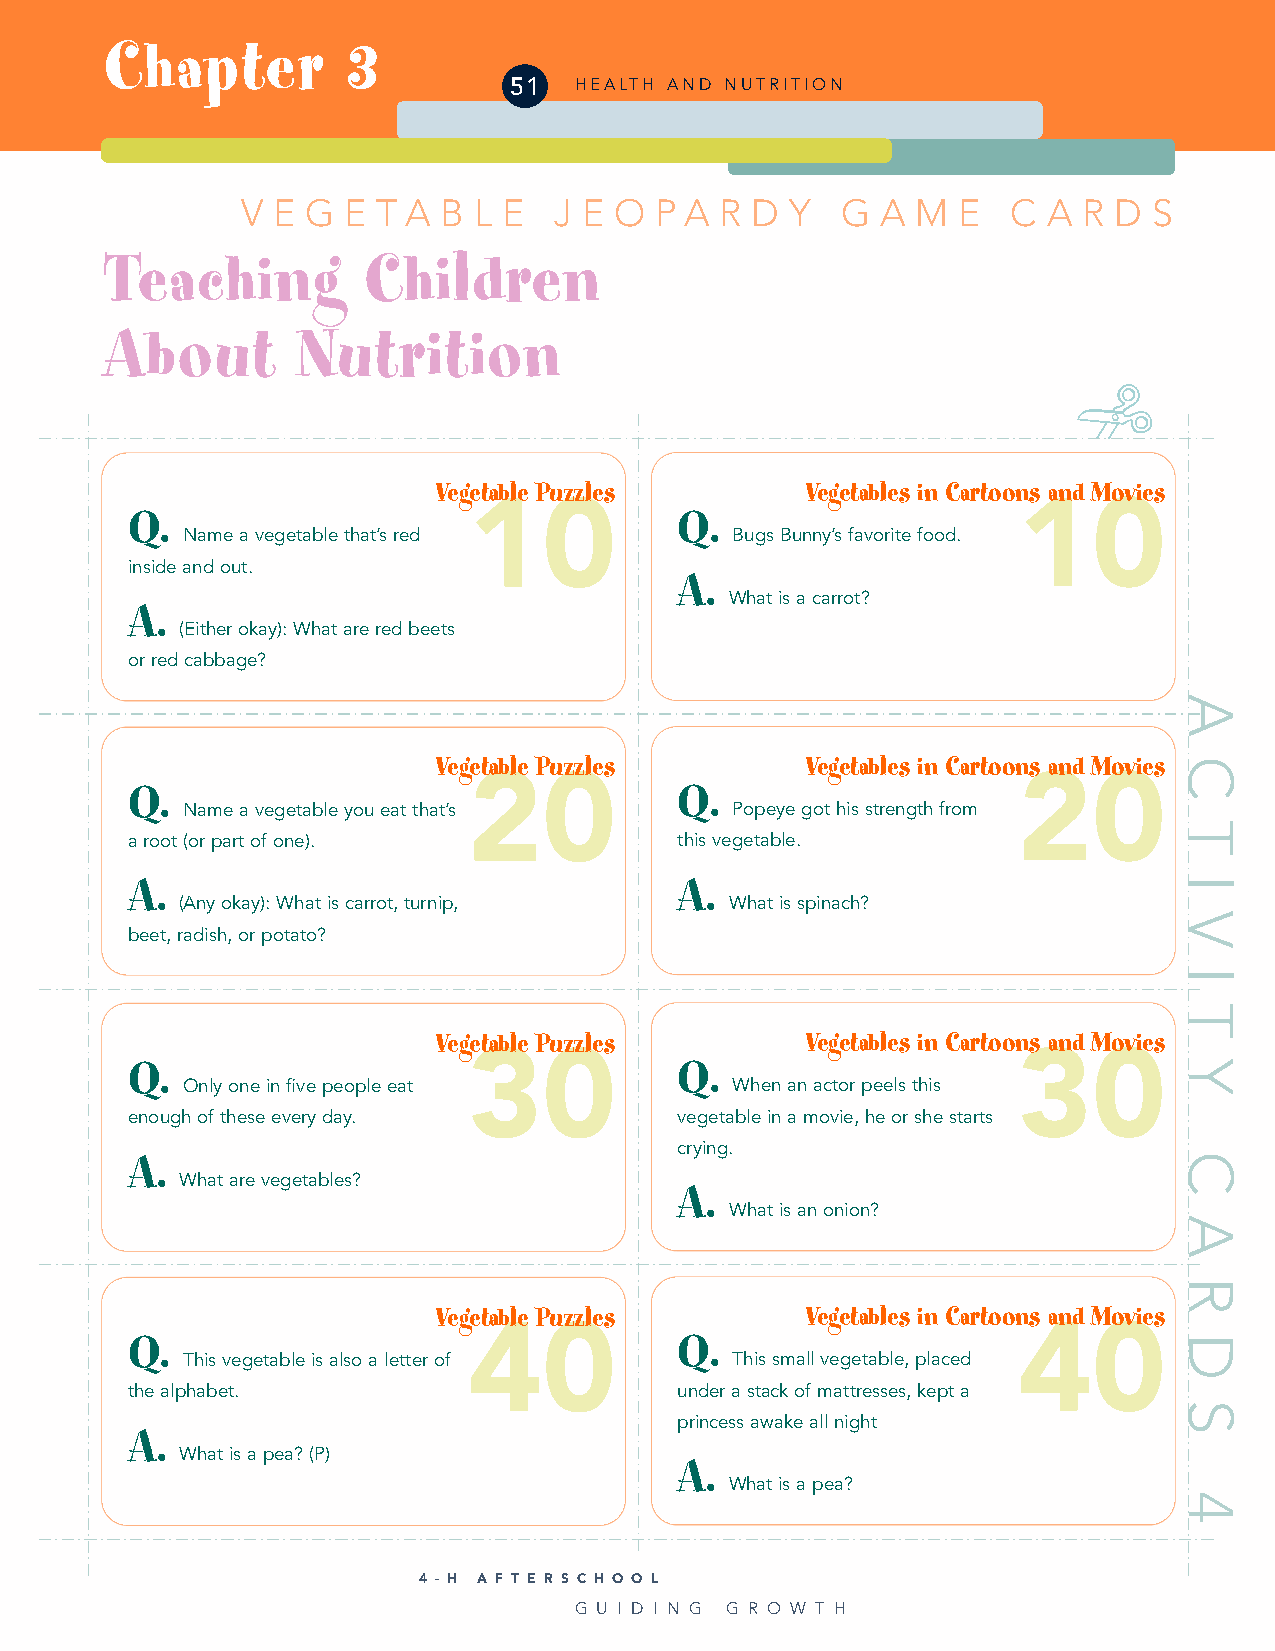
Chapter         3
 51  HEALTH AND NUTRITION
 V E G  E T A B L E   J E O P A  R D Y   G A  M E   C A  R D S
 Teaching         Children
 About        Nutrition
 Vegetable Puzzles       Vegetables in Cartoons and Movies
 10                                  10
 Q.                                   Q.
 Name a vegetable that’s red         Bugs Bunny’s favorite food.
 inside and out.
 A.
 What is a carrot?
 A.
 (Either okay): What are red beets
 or red cabbage?
 Vegetable Puzzles       Vegetables in Cartoons and Movies
 20                                  20
 Q.                                   Q.
 Name a vegetable you eat that’s     Popeye got his strength from
 a root (or part of one).             this vegetable.
 A.                                   A.
 (Any okay): What is carrot, turnip, What is spinach?
 beet, radish, or potato?
 Vegetable Puzzles       Vegetables in Cartoons and Movies
 30                                  30
 Q.                                   Q.
 Only one in five people eat         When an actor peels this
 enough of these every day.           vegetable in a movie, he or she starts
 crying.
 A.
 What are vegetables?
 A.
 What is an onion?
 Vegetable Puzzles       Vegetables in Cartoons and Movies
 40                                  40
 Q.                                   Q.
 This vegetable is also a letter of  This small vegetable, placed
 the alphabet.                        under a stack of mattresses, kept a
 princess awake all night
 A.
 What is a pea? (P)
 A.
 What is a pea?
 4 - H A F T E R S C H O O L
 G U I D I N G G R O W T H
 A
 C
 T
 I
 V
 I
 T
 Y
 C
 A
 R
 D
 S
 4